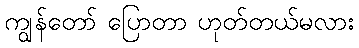
ကျွန်တော် ပြောတာ ဟုတ်တယ်မလား